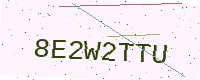
Text: 8E2W2TTU